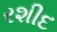
રશીદ